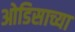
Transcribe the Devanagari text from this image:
ओडिसाच्या